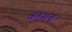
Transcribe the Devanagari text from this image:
कोंगद